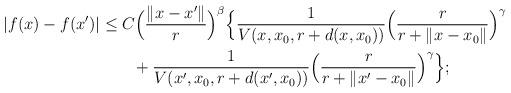
LaTeX: \begin{align*} \begin{aligned} |f(x)-f(x')|&\le C \Big(\frac{\|x-x'\|}{r}\Big)^\beta \Big\{ \frac{1}{V(x,x_0,r+d(x,x_0))}\Big(\frac{r}{r+{\|x-x_0\|}}\Big)^\gamma\\ &\qquad+ \frac{1}{V(x',x_0,r+d(x',x_0))}\Big(\frac{r}{r+{\|x'-x_0\|}}\Big)^\gamma\Big\}; \end{aligned} \end{align*}